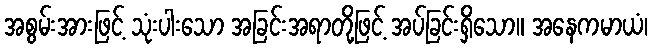
အစွမ်းအားဖြင့် သုံးပါးသော အခြင်းအရာတို့ဖြင့် အပ်ခြင်းရှိသော။ အနေကမာယံ၊